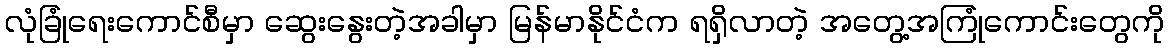
လုံခြုံရေးကောင်စီမှာ ဆွေးနွေးတဲ့အခါမှာ မြန်မာနိုင်ငံက ရရှိလာတဲ့ အတွေ့အကြုံကောင်းတွေကို